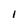
Character: l